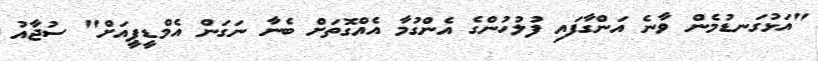
"އަޅުގަނޑުމެން ވާނެ އަންގާފައި ފުލުހުންގެ އެންގުމާ އެއްގޮތަށް ބެނާ ނަގަން އެމްޑީޕީއަށް" ސުޖާއު